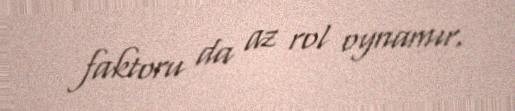
faktoru da az rol oynamır.